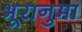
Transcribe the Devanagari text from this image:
भूरानुमा